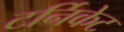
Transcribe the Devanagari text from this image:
टर्निकेट